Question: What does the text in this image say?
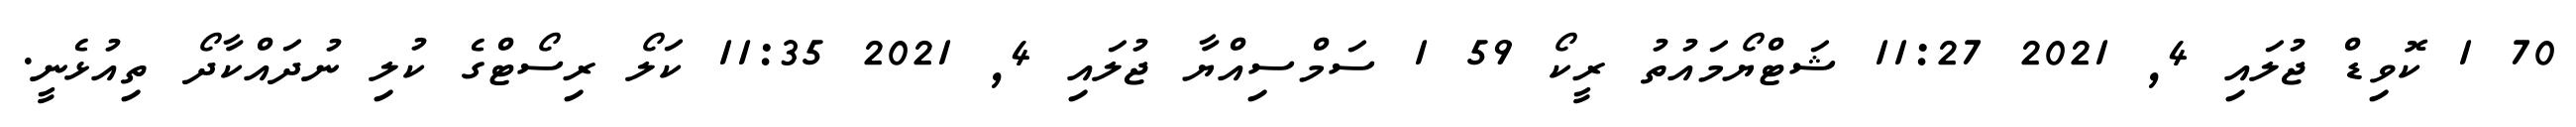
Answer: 70 1 ކޮވިޑް ޖުލައި 4, 2021 11:27 ޝަޓްޔޯމައުތު ރީކޯ 59 1 ސަމްސިއްޔާ ޖުލައި 4, 2021 11:35 ކަލޯ ރިސޯޓްގެ ކުލި ނުދައްކާދޯ ތިއުޅެނީ.